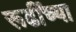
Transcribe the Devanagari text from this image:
रूढींच्या